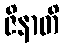
ဇိနာတိ